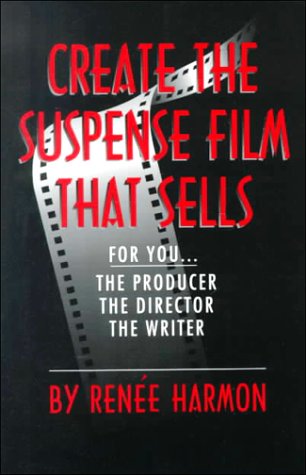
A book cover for Create the Suspense Film That Sells: For You, the Producer, the; Renee Harmon; Humor & Entertainment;